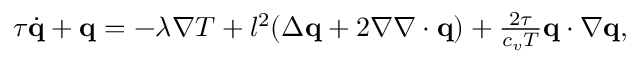
\begin{array} { r } { \tau \dot { \mathbf q } + \mathbf q = - \lambda \nabla T + l ^ { 2 } ( \Delta \mathbf q + 2 \nabla \nabla \cdot \mathbf q ) + \frac { 2 \tau } { c _ { v } T } \mathbf q \cdot \nabla \mathbf q , } \end{array}